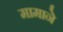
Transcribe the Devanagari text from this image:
मामाने